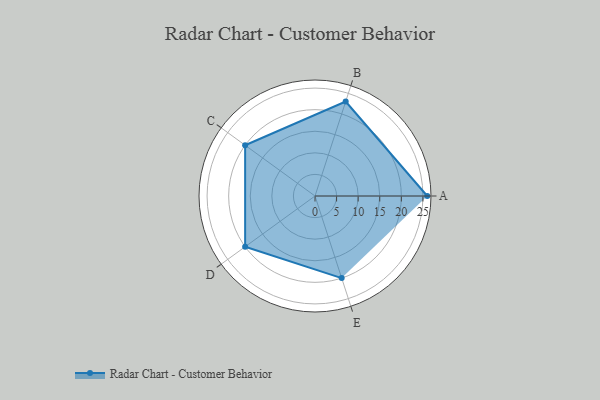
{"axis": {"x": "Skill", "y": "Score"}, "legend": ["Profile"], "data": [{"x": "A", "y": 26.0, "type": "Profile"}, {"x": "B", "y": 23.0, "type": "Profile"}, {"x": "C", "y": 20, "type": "Profile"}, {"x": "D", "y": 20, "type": "Profile"}, {"x": "E", "y": 20, "type": "Profile"}]}